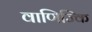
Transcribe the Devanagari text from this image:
वाणिज्कि